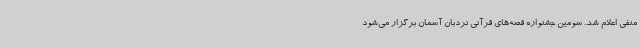
منفی اعلام شد. سومین جشنواره قصه‌های قرآنی نردبان آسمان برگزار می‌شود